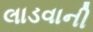
લાડવાની